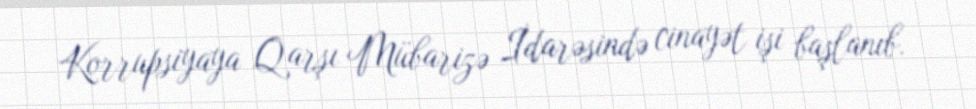
Korrupsiyaya Qarşı Mübarizə İdarəsində cinayət işi başlanıb.